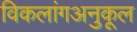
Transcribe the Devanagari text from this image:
विकलांगअनुकूल